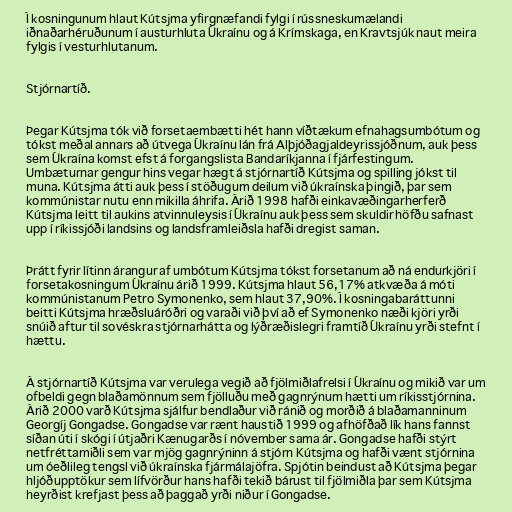
Í kosningunum hlaut Kútsjma yfirgnæfandi fylgi í rússneskumælandi
iðnaðarhéruðunum í austurhluta Úkraínu og á Krímskaga, en Kravtsjúk naut meira
fylgis í vesturhlutanum.

Stjórnartíð.

Þegar Kútsjma tók við forsetaembætti hét hann víðtækum efnahagsumbótum og
tókst meðal annars að útvega Úkraínu lán frá Alþjóðagjaldeyrissjóðnum, auk þess
sem Úkraína komst efst á forgangslista Bandaríkjanna í fjárfestingum.
Umbæturnar gengur hins vegar hægt á stjórnartíð Kútsjma og spilling jókst til
muna. Kútsjma átti auk þess í stöðugum deilum við úkraínska þingið, þar sem
kommúnistar nutu enn mikilla áhrifa. Árið 1998 hafði einkavæðingarherferð
Kútsjma leitt til aukins atvinnuleysis í Úkraínu auk þess sem skuldir höfðu safnast
upp í ríkissjóði landsins og landsframleiðsla hafði dregist saman.

Þrátt fyrir lítinn árangur af umbótum Kútsjma tókst forsetanum að ná endurkjöri í
forsetakosningum Úkraínu árið 1999. Kútsjma hlaut 56,17% atkvæða á móti
kommúnistanum Petro Symonenko, sem hlaut 37,90%. Í kosningabaráttunni
beitti Kútsjma hræðsluáróðri og varaði við því að ef Symonenko næði kjöri yrði
snúið aftur til sovéskra stjórnarhátta og lýðræðislegri framtíð Úkraínu yrði stefnt í
hættu.

Á stjórnartíð Kútsjma var verulega vegið að fjölmiðlafrelsi í Úkraínu og mikið var um
ofbeldi gegn blaðamönnum sem fjölluðu með gagnrýnum hætti um ríkisstjórnina.
Árið 2000 varð Kútsjma sjálfur bendlaður við ránið og morðið á blaðamanninum
Georgíj Gongadse. Gongadse var rænt haustið 1999 og afhöfðað lík hans fannst
síðan úti í skógi í útjaðri Kænugarðs í nóvember sama ár. Gongadse hafði stýrt
netfréttamiðli sem var mjög gagnrýninn á stjórn Kútsjma og hafði vænt stjórnina
um óeðlileg tengsl við úkraínska fjármálajöfra. Spjótin beindust að Kútsjma þegar
hljóðupptökur sem lífvörður hans hafði tekið bárust til fjölmiðla þar sem Kútsjma
heyrðist krefjast þess að þaggað yrði niður í Gongadse.